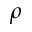
\rho